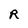
Character: R